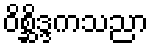
ဝိစ္ဆိဒ္ဒကသညာ